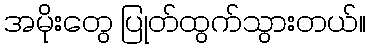
အမိုးတွေ ပြုတ်ထွက်သွားတယ်။